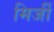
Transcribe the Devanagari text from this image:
मिर्जी